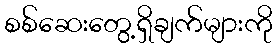
စစ်ဆေးတွေ့ရှိချက်များကို